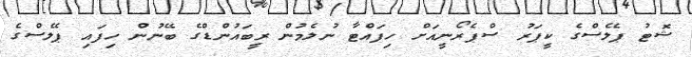
ޝޮޓު ޕެލެސްގެ ކީޕަރު ސްޕެރޯނީއަށް ހިފައްޓާ ނުލެމުން ރީބައުންޑްގެ ބޭނުން ހިފައި ޕެލެސްގެ